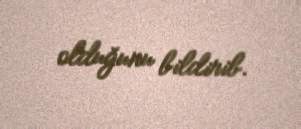
olduğunu bildirib.